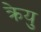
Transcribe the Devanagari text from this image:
क्रेयु